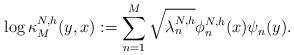
LaTeX: \begin{align*}\log\kappa_M^{N,h}(y,x):=\sum\limits_{n=1}^{M}\sqrt{\lambda_n^{N,h}}\phi_n^{N,h}(x)\psi_n(y).\end{align*}